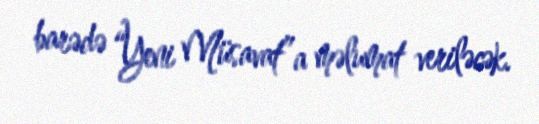
barədə “Yeni Müsavat”a məlumat veriləcək.